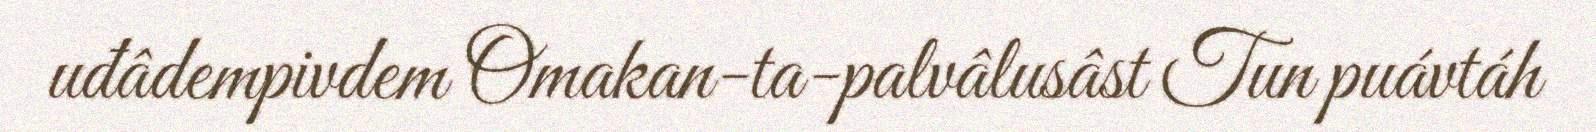
uđâdempivdem Omakan-ta-palvâlusâst Tun puávtáh